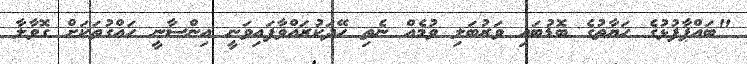
"ބައްޕާފުޅުގެ ހަޔާތުގެ ބޮޑުބައި ވަރުބަލި ވުމެއް ނެތި ހޭދަކުރައްވާފައިވަނީ އިންސާނީ ހައްގުތަކަށް ގޮވާލާ